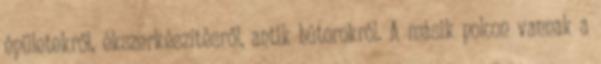
épületekről, ékszerkészítésről, antik bútorokról. A másik polcon vannak a